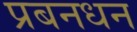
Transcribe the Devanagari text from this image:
प्रबनधन